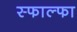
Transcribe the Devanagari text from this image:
स्फाल्फा